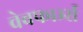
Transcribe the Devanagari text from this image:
वेबफार्म्स